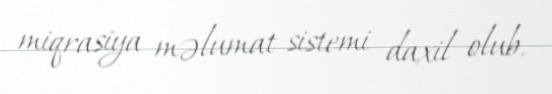
miqrasiya məlumat sistemi daxil olub.